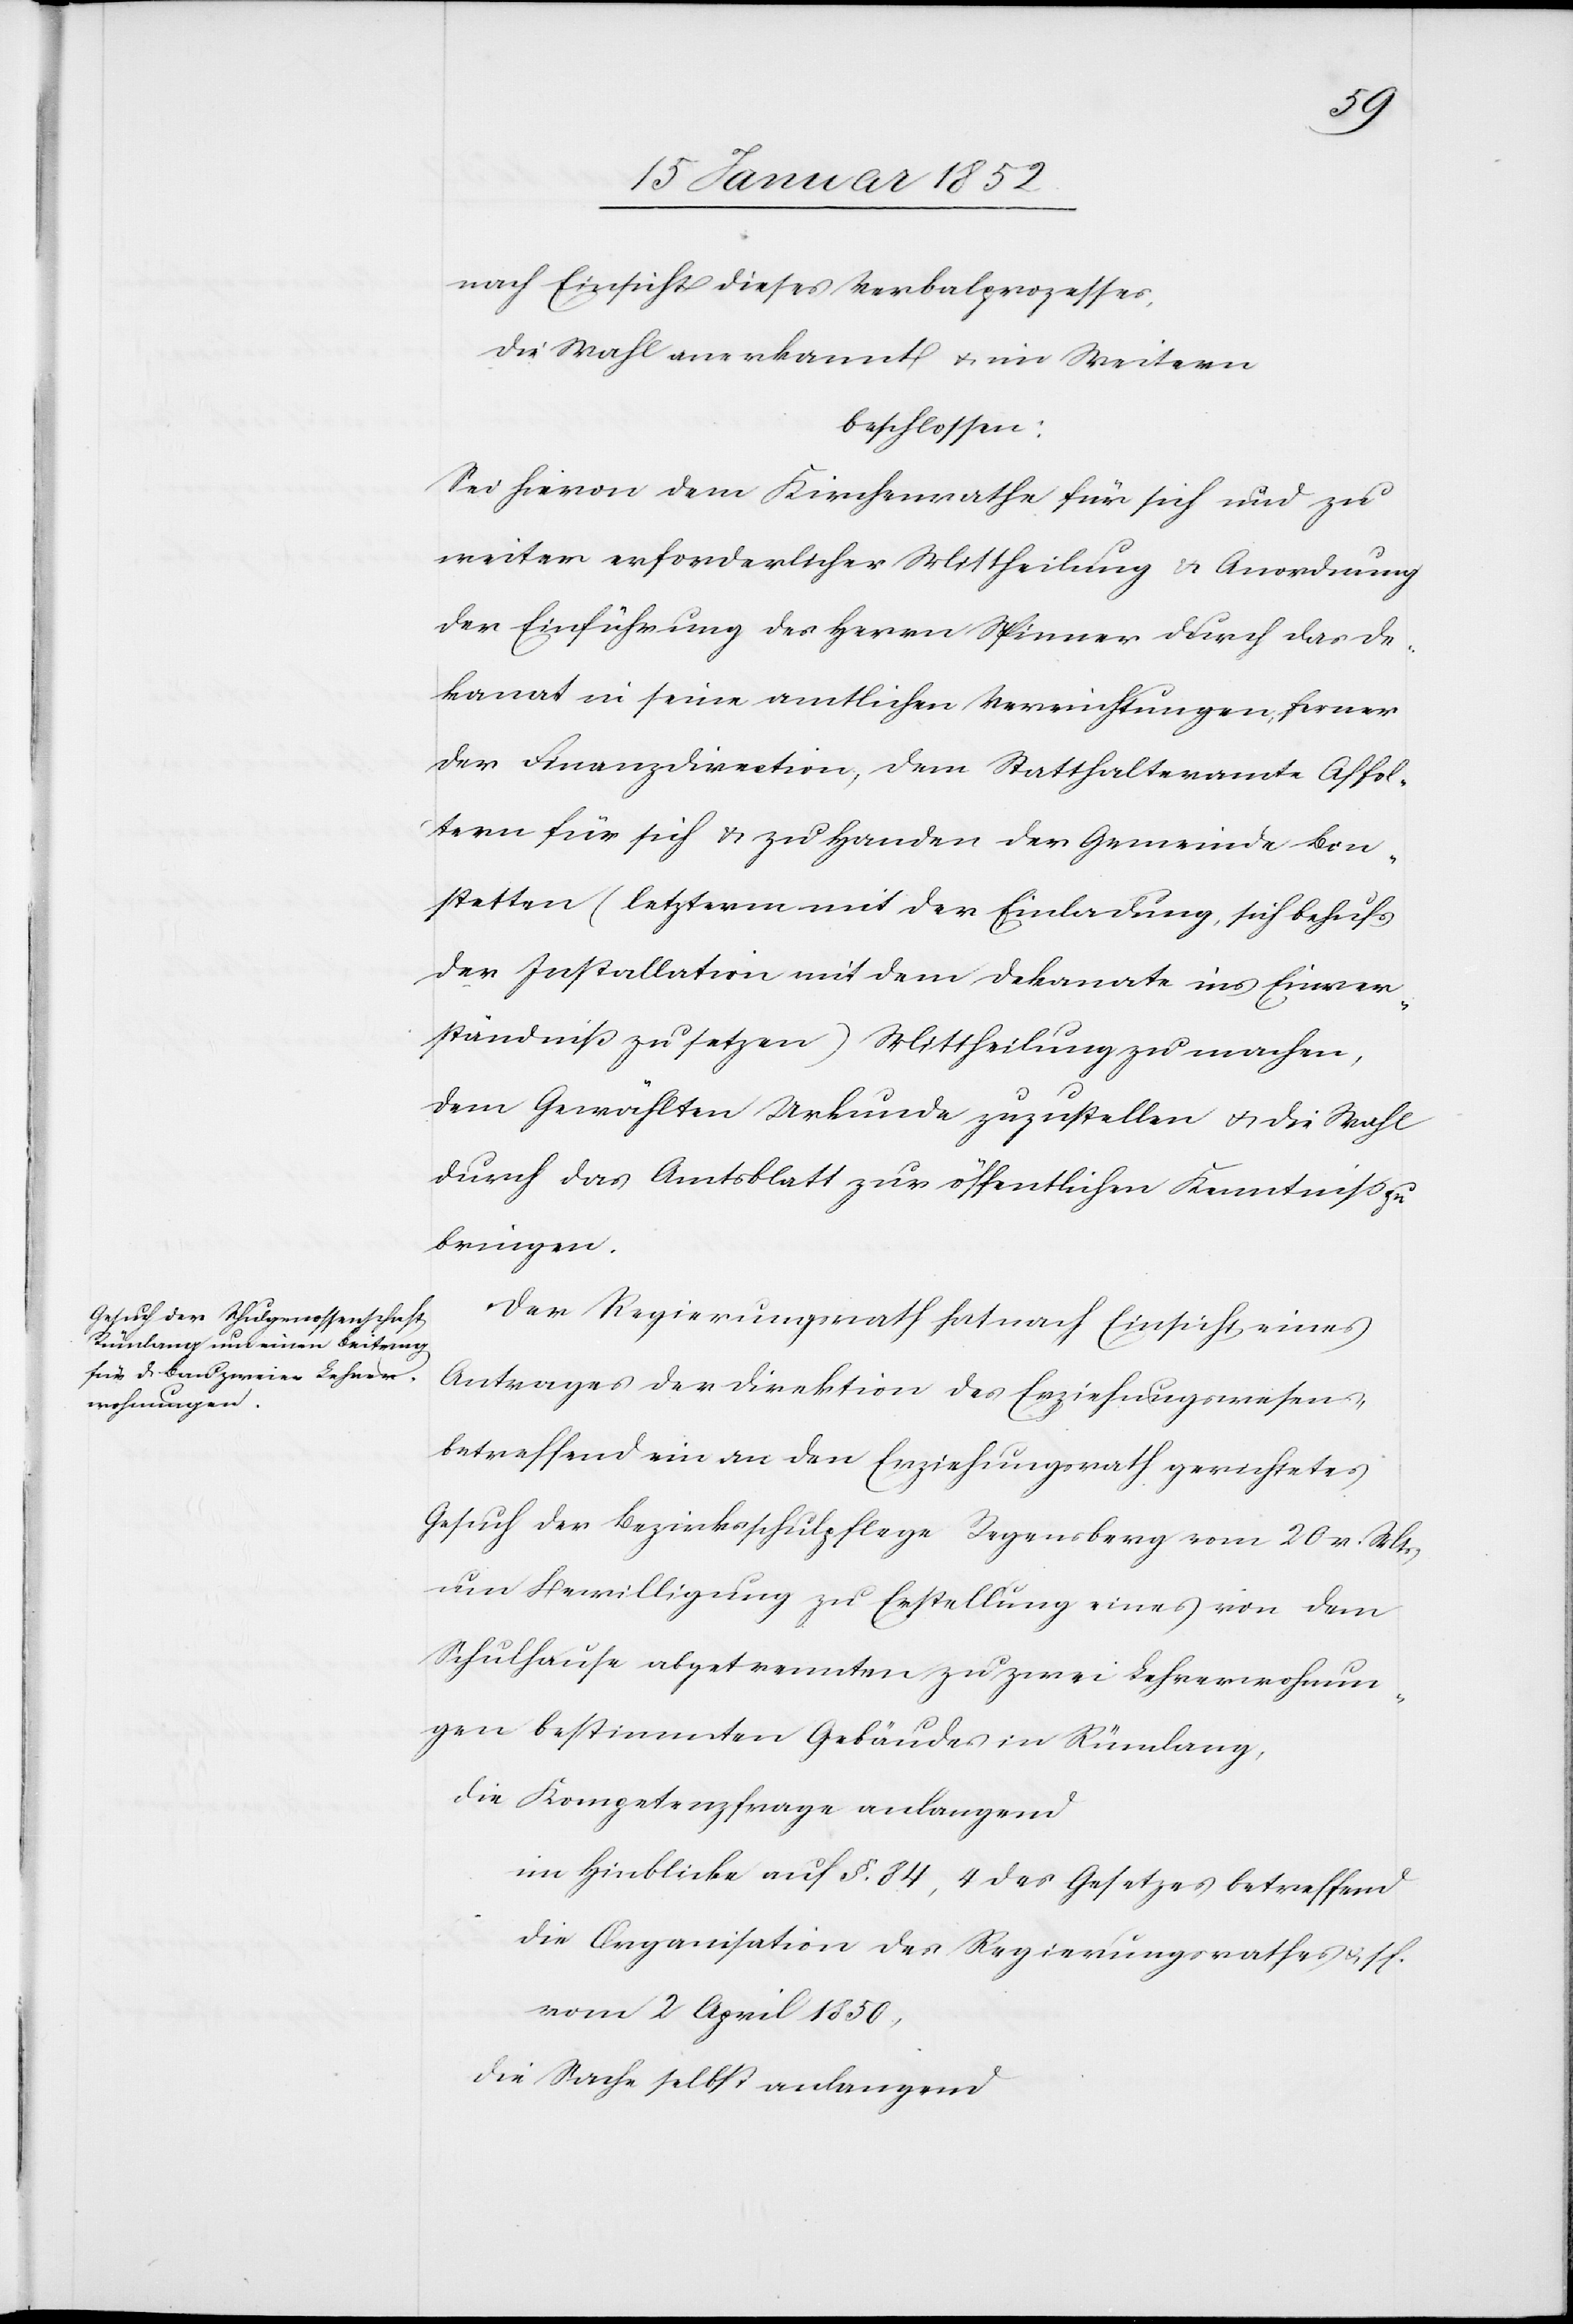
nach Einsicht dieses Verbalprozesses,
die Wahl anerkannt u. im Weitern
beschlossen:
Sei hievon dem Kirchenrathe für sich und zu
weiter erforderlicher Mittheilung u. Anordnung
der Einführung des Herrn Spinner durch das De¬
kanat in seine amtlichen Verrichtungen, ferner
der Finanzdirection, dem Statthalteramte Affol¬
tern für sich u. zu Handen der Gemeinde Bon¬
stetten (letzterm mit der Einladung, sich behufs
der Installation mit dem Dekanat ins Einver¬
ständniß zu setzen) Mittheilung zu machen,
dem Gewählten Urkunde zuzustellen u. die Wahl
durch das Amtsblatt zur öffentlichen Kenntniß zu
bringen.
Der Regierungsrath hat nach Einsicht eines
Antrages der Direktion des Erziehungswesens
betreffend ein an den Erziehungsrath gerichtetes
Gesuch der Bezirksschulpflege Regensberg vom 20 v. Mts
um Bewilligung zu Erstellung eines von dem
Schulhause abgetrennten zu zwei Lehrerwohnun¬
gen bestimmten Gebäudes in Rümlang,
die Kompetenzfrage anlangend
im Hinblicke auf §. 84, 4 des Gesetzes betreffend
die Organisation des Regierungsrathes u. s. f.
vom 2 April 1850,
die Sache selbst anlangend